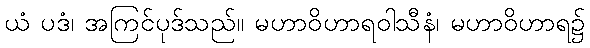
ယံ ပဒံ၊ အကြင်ပုဒ်သည်။ မဟာဝိဟာရဝါသီနံ၊ မဟာဝိဟာရ၌